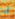
أنا